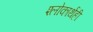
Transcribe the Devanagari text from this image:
श्लोकार्थही